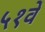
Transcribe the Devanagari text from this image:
५१वें